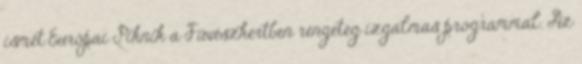
ismét Európai Piknik a Füvészkertben rengeteg izgalmas programmal. Az